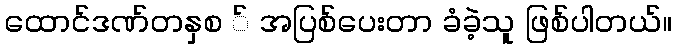
ထောင်ဒဏ်တနှစ ် အပြစ်ပေးတာ ခံခဲ့သူ ဖြစ်ပါတယ်။